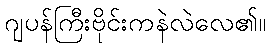
ဂျပန်ကြီးဗိုင်းကနဲလဲလေ၏။